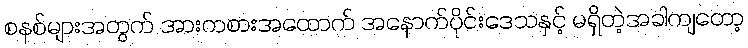
စနစ်များအတွက် အားကစားအထောက် အနောက်ပိုင်းဒေသနှင့် မရှိတဲ့အခါကျတော့